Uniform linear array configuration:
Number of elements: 48
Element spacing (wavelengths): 0.75
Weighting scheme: binomial
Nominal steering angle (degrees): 0
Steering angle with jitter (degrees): -1.01
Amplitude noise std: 0.05
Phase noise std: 0.05

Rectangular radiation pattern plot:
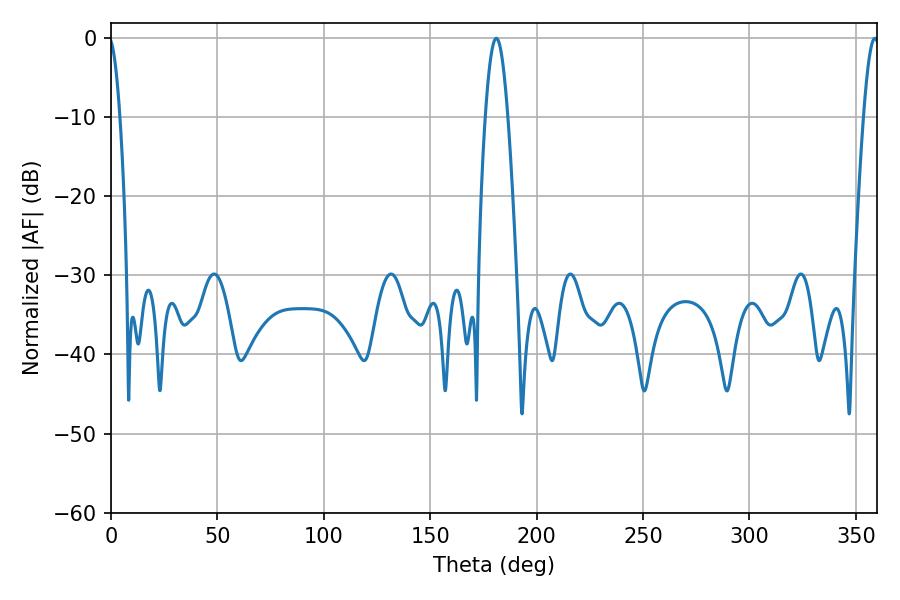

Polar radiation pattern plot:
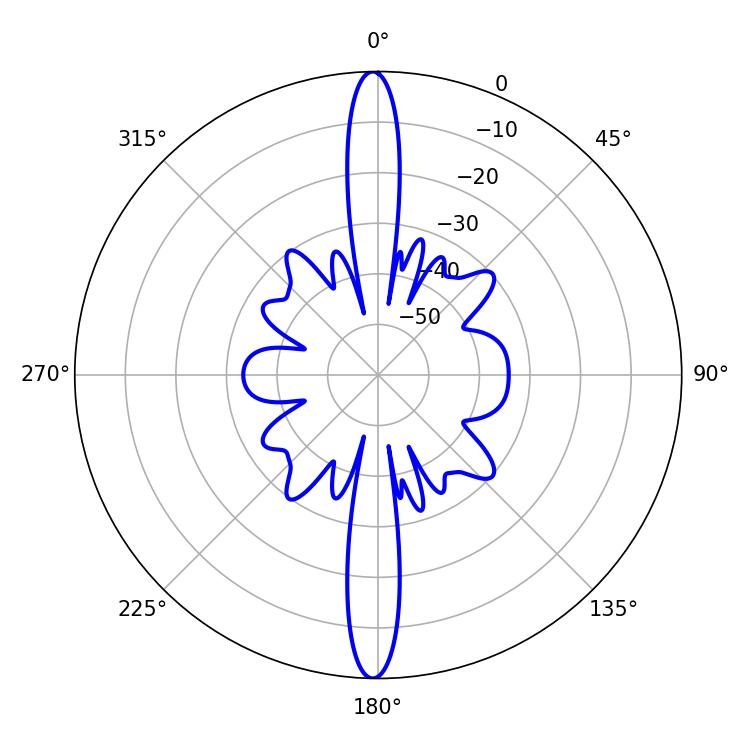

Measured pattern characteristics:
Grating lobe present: TRUE
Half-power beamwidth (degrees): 3.96
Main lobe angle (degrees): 358.92